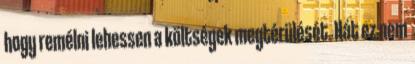
hogy remélni lehessen a költségek megtérülését. Hát ez nem